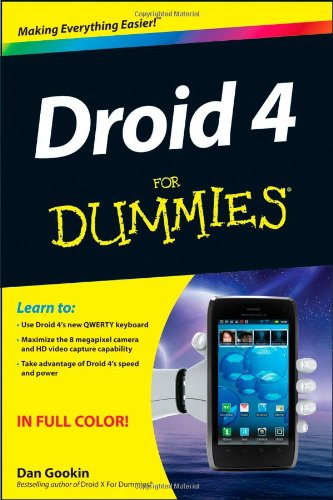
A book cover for Droid 4 For Dummies; Dan Gookin; Computers & Technology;